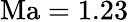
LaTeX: \mathrm{{Ma}=1.23}